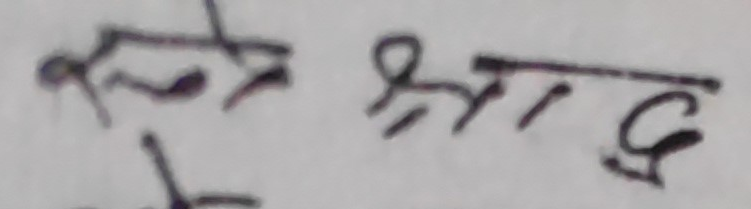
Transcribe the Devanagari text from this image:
श्रीराम छ